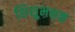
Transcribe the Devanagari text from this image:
शिशुभक्षक